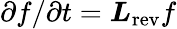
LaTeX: \partial f/\partial t=\boldsymbol{L}_{\mathrm{rev}}f